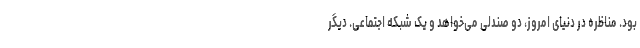
بود. مناظره در دنیای امروز، دو صندلی می‌خواهد و یک شبکه اجتماعی. دیگر